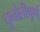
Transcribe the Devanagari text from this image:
चुनोतीपूर्ण